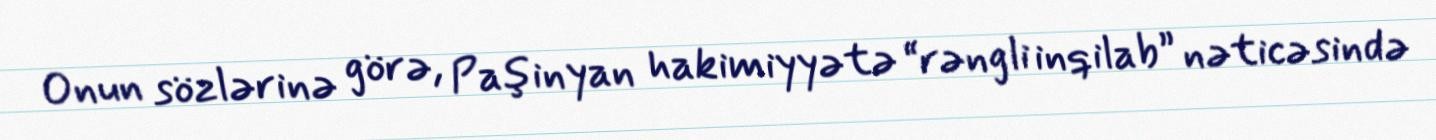
Onun sözlərinə görə, Paşinyan hakimiyyətə “rəngli inqilab” nəticəsində